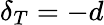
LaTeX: \delta_{T}=-d